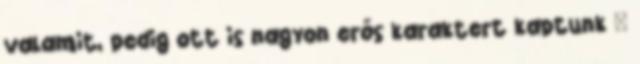
valamit, pedig ott is nagyon erős karaktert kaptunk –